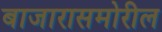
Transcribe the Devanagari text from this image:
बाजारासमोरील